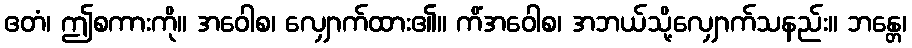
ဧတံ၊ ဤစကားကို။ အဝေါစ၊ လျှောက်ထား၏။ ကိံအဝေါစ၊ အဘယ်သို့လျှောက်သနည်း။ ဘန္တေ၊